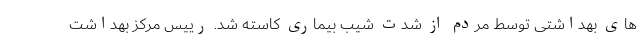
های بهداشتی توسط مردم از شدت شیب بیماری کاسته شد. رییس مرکز بهداشت